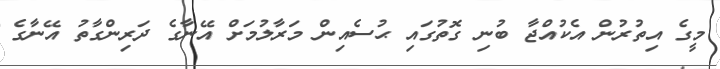
މީގެ އިތުރުން އެކުއްޖާ ބުނި ގޮތުގައި ޙުސެއިން މަރާލުމަށް އޭނާގެ ދަރިންގާތު އޭނާގެ